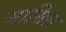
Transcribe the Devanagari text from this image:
मार्सिल